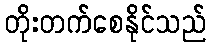
တိုးတက်စေနိုင်သည်